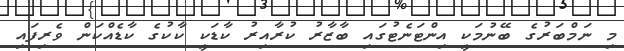
މި ނަމްބަރުގެ ބޭނުމަކީ އިންޓަނެޓުގައި ބާޒާރު ކުރާއިރު ކާޑަކީ ކާކުގެ ކާޑެއްކަން ވެރިފައި